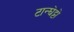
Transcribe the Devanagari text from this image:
टान्घेट्टो